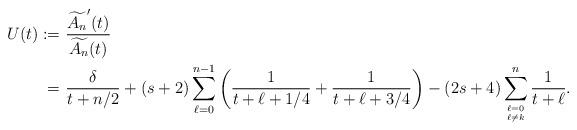
LaTeX: \begin{align*} U(t) :=&~ \frac{\widetilde{A_n}^{\prime}(t)}{\widetilde{A_n}(t)} \\ =&~ \frac{\delta}{t+n/2} +(s+2)\sum_{\ell=0}^{n-1}\left( \frac{1}{t+\ell+1/4} + \frac{1}{t +\ell +3/4} \right) -(2s+4)\sum_{\ell=0 \atop \ell \neq k}^{n} \frac{1}{t+\ell}. \end{align*}